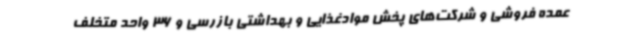
عمده فروشی‌ و شرکت‌های پخش موادغذایی و بهداشتی بازرسی و 36 واحد متخلف